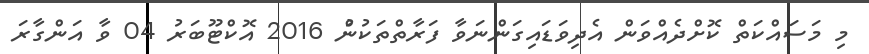
މި މަސައްކަތް ކޮށްދެއްވަން އެދިވަޑައިގަންނަވާ ފަރާތްތަކުންު 2016 އޮކްޓޫބަރު 04 ވާ އަންގާރަ